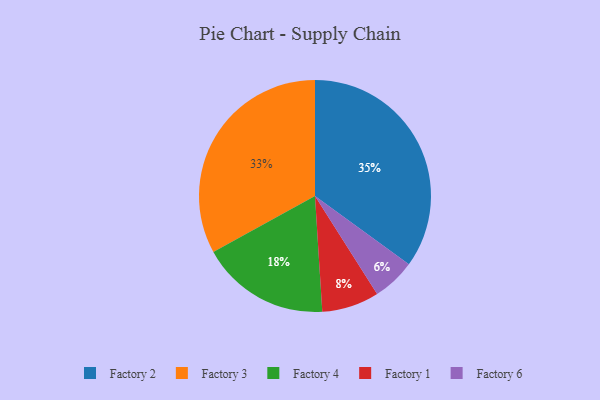
{"axis": {"x": "Category", "y": "Percentage"}, "legend": ["Factory 1", "Factory 2", "Factory 3", "Factory 4", "Factory 6"], "data": [{"x": "Factory 2", "y": 35, "type": "Factory 2"}, {"x": "Factory 1", "y": 8, "type": "Factory 1"}, {"x": "Factory 6", "y": 6, "type": "Factory 6"}, {"x": "Factory 4", "y": 18, "type": "Factory 4"}, {"x": "Factory 3", "y": 33, "type": "Factory 3"}]}